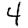
Digit: 4